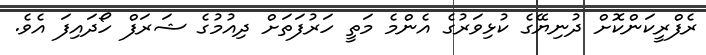
ރެފްރީކަންކޮށް ދުނިޔޭގެ ކުޅިވަރުގެ އެންމެ މަތީ ހަރުފަތަށް ދިއުމުގެ ޝަރަފް ހޯދައިފަ އެވެ.